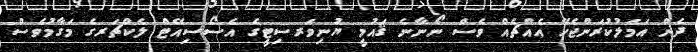
ދެން އަމަލުކުރަންޖެހޭ އެއްޗެއް ވެސް ނޯނާނެ ޤައުމީ ޔުނިވަރސިޓީގެ އެސޯސިއޭޓް ލެކްޗަރގެ މަގާމުވެސް